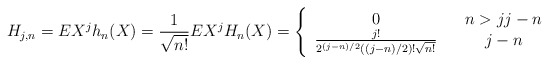
\begin{align*}H_{j,n}=EX^{j}h_{n}(X)=\frac{1}{\sqrt{n!}}EX^{j}H_{n}(X)=\left\{ \begin{array}{ccc}0 & & n>jj-n \\ \frac{j!}{2^{(j-n)/2}((j-n)/2)!\sqrt{n!}} & & j-n\end{array}\right. \end{align*}